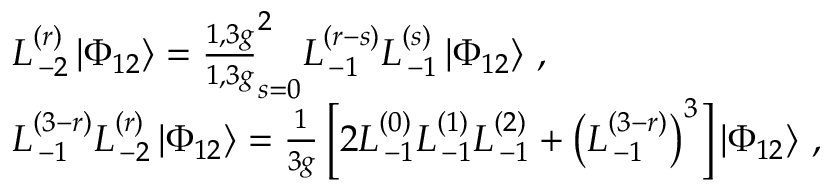
\begin{array} { r l } & { L _ { \, - 2 } ^ { ( r ) } \left| \Phi _ { 1 2 } \right\rangle = \frac { 1 , 3 g } { 1 , 3 g } _ { s = 0 } ^ { 2 } L _ { \, - 1 } ^ { ( r - s ) } L _ { \, - 1 } ^ { ( s ) } \left| \Phi _ { 1 2 } \right\rangle \, , } \\ & { L _ { \, - 1 } ^ { ( 3 - r ) } L _ { \, - 2 } ^ { ( r ) } \left| \Phi _ { 1 2 } \right\rangle = \frac { 1 } { 3 g } \left[ 2 L _ { \, - 1 } ^ { ( 0 ) } L _ { \, - 1 } ^ { ( 1 ) } L _ { \, - 1 } ^ { ( 2 ) } + \left( L _ { \, - 1 } ^ { ( 3 - r ) } \right) ^ { 3 } \right] \left| \Phi _ { 1 2 } \right\rangle \, , } \end{array}